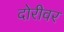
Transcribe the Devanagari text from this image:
दोरीवर